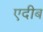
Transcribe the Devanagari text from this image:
एदीब